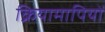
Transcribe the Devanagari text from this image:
क्रियामापियों